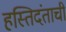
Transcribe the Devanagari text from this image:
हस्तिदंताची